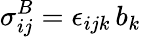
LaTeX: \sigma_{ij}^{B}=\epsilon_{ijk}\, b_{k}